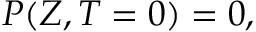
P ( Z , T = 0 ) = 0 ,